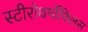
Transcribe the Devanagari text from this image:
स्टीरोथर्मोफिलस